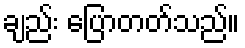
ချည်း ပြောတတ်သည်။